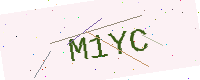
Text: M1YC